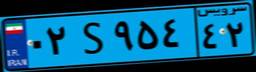
۰۲S۹۵۴۴۲